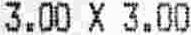
3.00 X 3.00